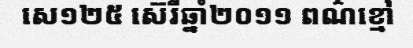
សេ១២៥ ស៊េរីឆ្នាំ២០១១ ពណ៌ខ្មៅ